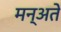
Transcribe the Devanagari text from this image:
मन्अते